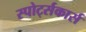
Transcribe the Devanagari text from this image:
स्पोर्ट्सकार्स